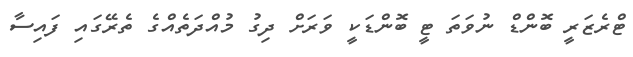
ޓްރެޒަރީ ބޮންޑް ނުވަތަ ޓީ ބޮންޑަކީ ވަރަށް ދިގު މުއްދަތެއްގެ ތެރޭގައި ފައިސާ